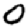
Digit: 0